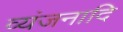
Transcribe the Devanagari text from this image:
व्यंजनादि